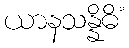
ယာနသန္နိဓိံ